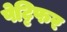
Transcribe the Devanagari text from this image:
पेट्टिफर